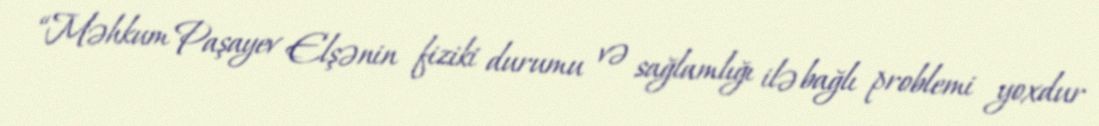
“Məhkum Paşayev Elşənin fiziki durumu və sağlamlığı ilə bağlı problemi yoxdur